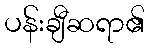
ပန်းချီဆရာ၏